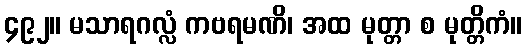
၄၉၂။ မသာရဂလ္လံ ကဗရမဏိ၊ အထ မုတ္တာ စ မုတ္တိကံ။